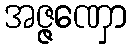
အဇ္ဇဏှော